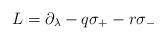
LaTeX: \begin{align*}L = \partial_\lambda - q \sigma_+ - r \sigma_-\end{align*}